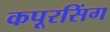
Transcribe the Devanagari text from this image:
कपूरसिंग